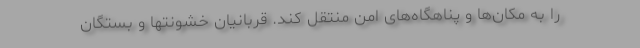
را به مکان‌ها و پناهگاه‌های امن منتقل کند. قربانیان خشونتها و بستگان